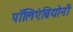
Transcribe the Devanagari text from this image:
पॉलिएंब्रियोनी